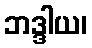
ဘဒ္ဒါယ၊